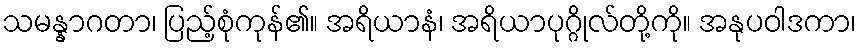
သမန္နာဂတာ၊ ပြည့်စုံကုန်၏။ အရိယာနံ၊ အရိယာပုဂ္ဂိုလ်တို့ကို။ အနုပဝါဒကာ၊